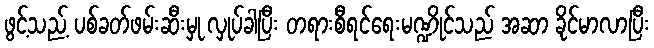
ဖွင့်သည့် ပစ်ခတ်ဖမ်းဆီးမှု လှုပ်ခါပြီး တရားစီရင်ရေးမဏ္ဍိုင်သည် အဆာ ခိုင်မာလာပြီး